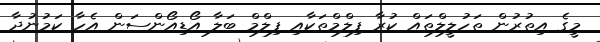
މީގެ އިތުރުން ތަހުލީލްތައް ކުރާ ފިލްމްތަކާއި ފިލްމް ބަލާ އޯޑިއޯންސަން އެހާ ކަމުނުދާ